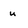
Character: u